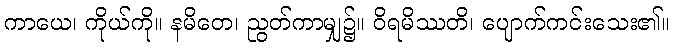
ကာယေ၊ ကိုယ်ကို။ နမိတေ၊ ညွတ်ကာမျှ၌။ ဝိရမိဿတိ၊ ပျောက်ကင်းသေး၏။